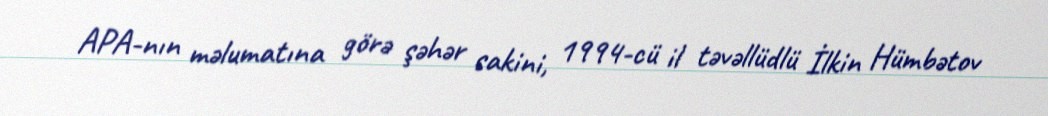
APA-nın məlumatına görə şəhər sakini, 1994-cü il təvəllüdlü İlkin Hümbətov